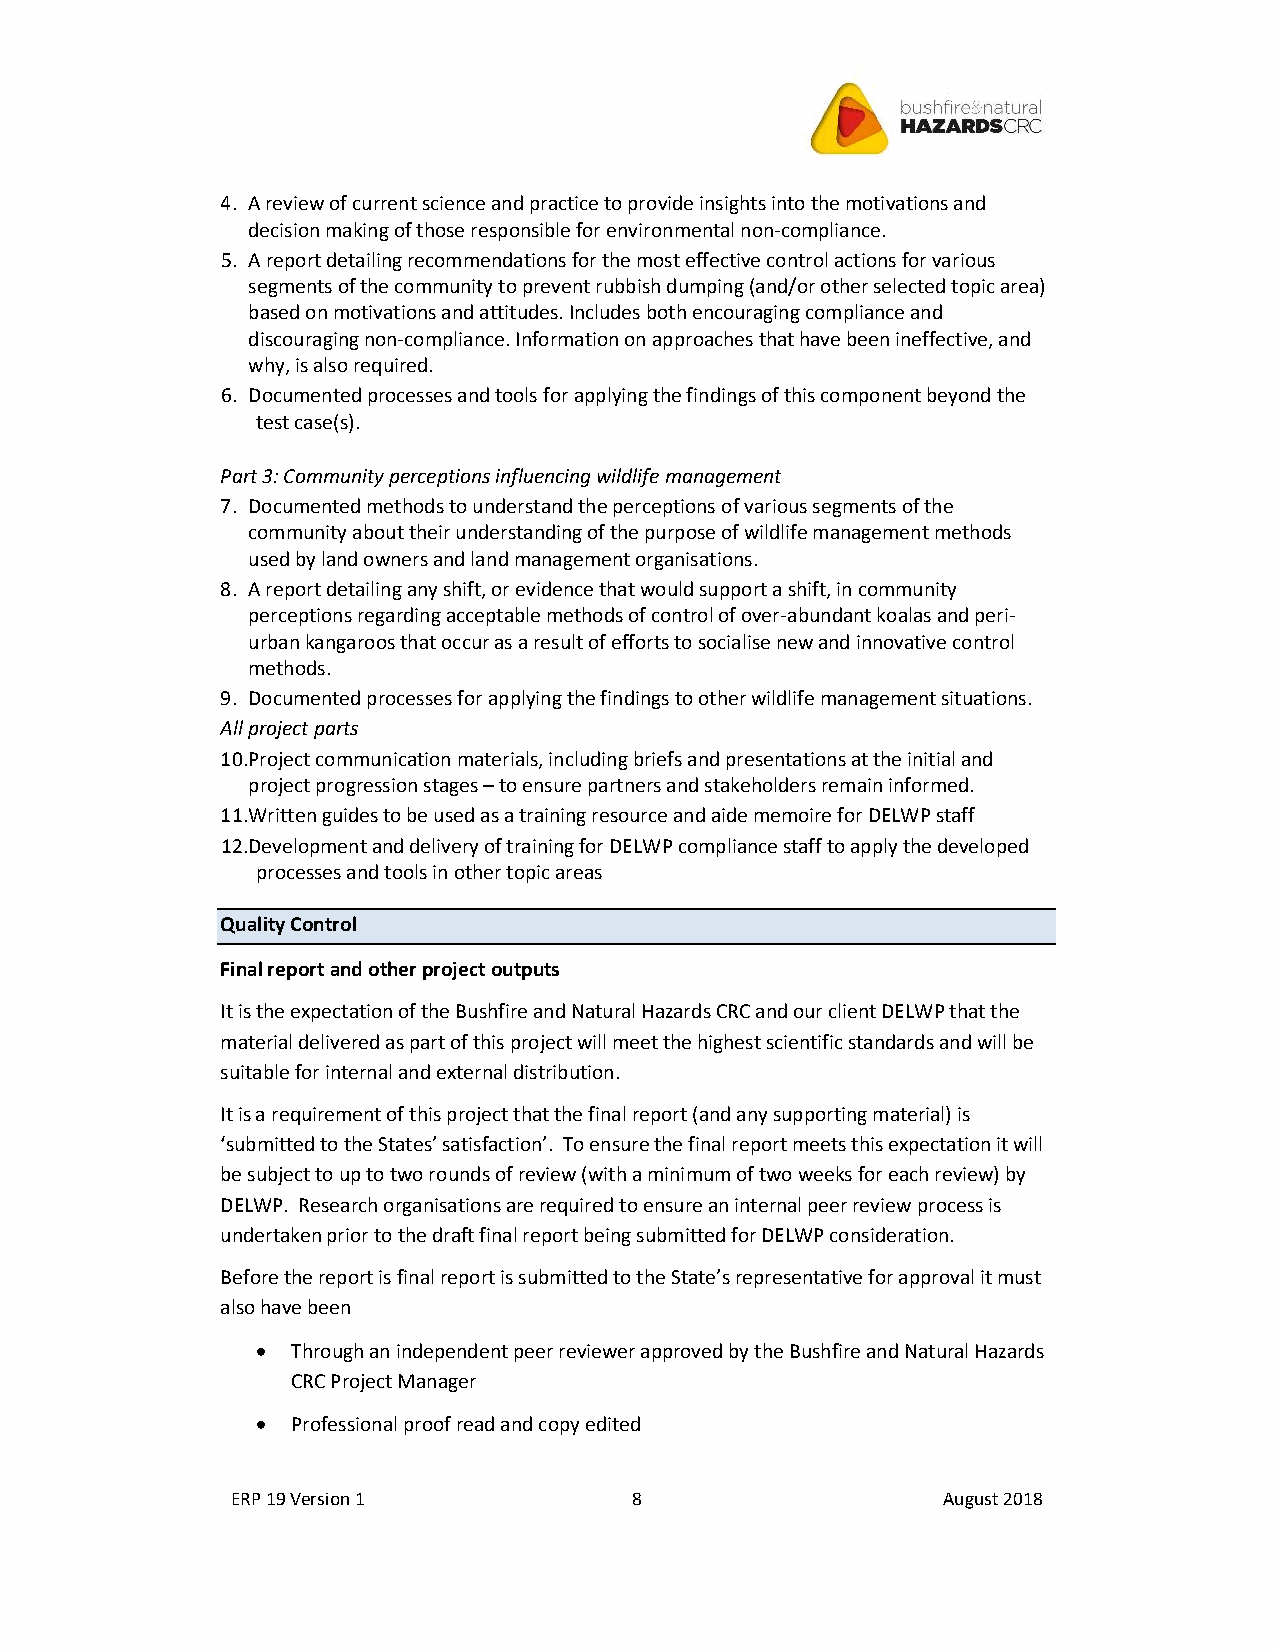
4. A review of current science and practice to provide insights into the motivations and
 decision making of those responsible for environmental non-compliance.
 5. A report detailing recommendations for the most effective control actions for various
 segments of the community to prevent rubbish dumping (and/or other selected topic area)
 based on motivations and attitudes. Includes both encouraging compliance and
 discouraging non-compliance. Information on approaches that have been ineffective, and
 why, is also required.
 6. Documented processes and tools for applying the findings of this component beyond the
 test case(s).
 Part 3: Community perceptions influencing wildlife management
 7. Documented methods to understand the perceptions of various segments of the
 community about their understanding of the purpose of wildlife management methods
 used by land owners and land management organisations.
 8. A report detailing any shift, or evidence that would support a shift, in community
 perceptions regarding acceptable methods of control of over-abundant koalas and peri-
 urban kangaroos that occur as a result of efforts to socialise new and innovative control
 methods.
 9. Documented processes for applying the findings to other wildlife management situations.
 All project parts
 10. Project communication materials, including briefs and presentations at the initial and
 project progression stages – to ensure partners and stakeholders remain informed.
 11. Written guides to be used as a training resource and aide memoire for DELWP staff
 12. Development and delivery of training for DELWP compliance staff to apply the developed
 processes and tools in other topic areas
 Quality Control
 Final report and other project outputs
 It is the expectation of the Bushfire and Natural Hazards CRC and our client DELWP that the
 material delivered as part of this project will meet the highest scientific standards and will be
 suitable for internal and external distribution.
 It is a requirement of this project that the final report (and any supporting material) is
 ‘submitted to the States’ satisfaction’. To ensure the final report meets this expectation it will
 be subject to up to two rounds of review (with a minimum of two weeks for each review) by
 DELWP. Research organisations are required to ensure an internal peer review process is
 undertaken prior to the draft final report being submitted for DELWP consideration.
 Before the report is final report is submitted to the State’s representative for approval it must
 also have been
 • Through an independent peer reviewer approved by the Bushfire and Natural Hazards
 CRC Project Manager
 • Professional proof read and copy edited
 ERP 19 Version 1           8                   August 2018